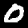
Digit: 0